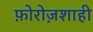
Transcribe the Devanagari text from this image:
फ़ोरोज़शाही